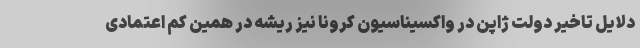
دلایل تاخیر دولت ژاپن در واکسیناسیون کرونا نیز ریشه در همین کم اعتمادی